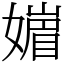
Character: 𡡻